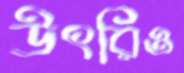
উৎরিও